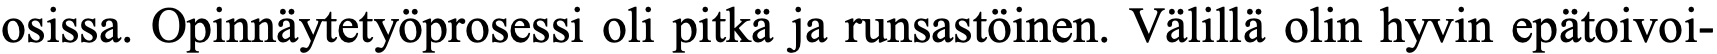
osissa. Opinnäytetyöprosessi oli pitkä ja runsastöinen. Välillä olin hyvin epätoivoi-